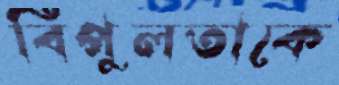
বিপুলতাকে